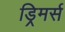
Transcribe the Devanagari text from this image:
ड्रिमर्स